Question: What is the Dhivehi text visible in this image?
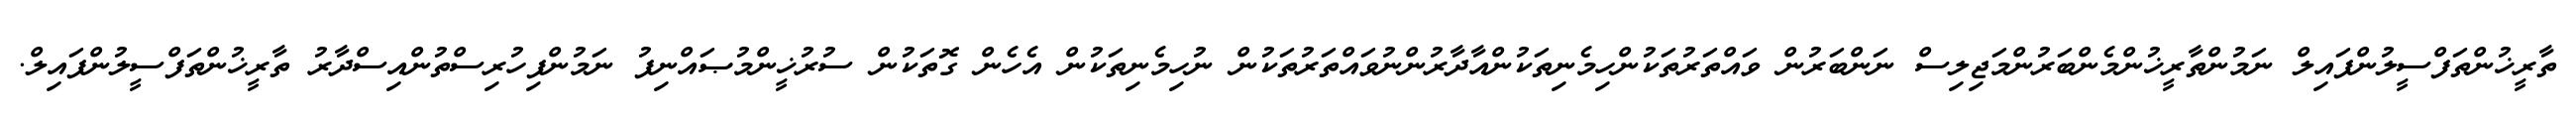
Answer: ތާރީޚުންތަފްސީލުންފައިލް ނަމުންތާރީޚުންމެންބަރުންމަޖިލިސް ނަންބަރުން ވައްތަރުތަކުންހިމެނިތަކުންއާދާރުންނުވައްތަރުތަކުން ނުހިމެނިތަކުން އެހެން ގޮތަކުން ސުރުޚީންމުޞައްނިފު ނަމުންފިހުރިސްތުންއިސްދާރު ތާރީޚުންތަފްސީލުންފައިލް.